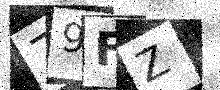
Text: 79FZ